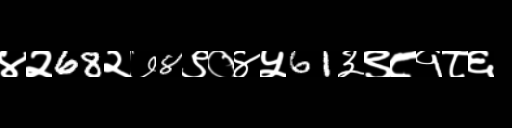
Text: ४२68२७8९०४५61३९८१८६